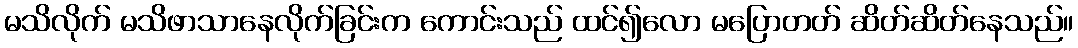
မသိလိုက် မသိဖာသာနေလိုက်ခြင်းက ကောင်းသည် ထင်၍လော မပြောတတ် ဆိတ်ဆိတ်နေသည်။